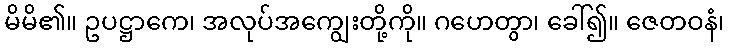
မိမိ၏။ ဥပဋ္ဌာကေ၊ အလုပ်အကျွေးတို့ကို။ ဂဟေတွာ၊ ခေါ်၍။ ဇေတဝနံ၊